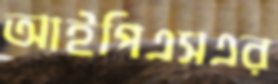
আইপিএসএর